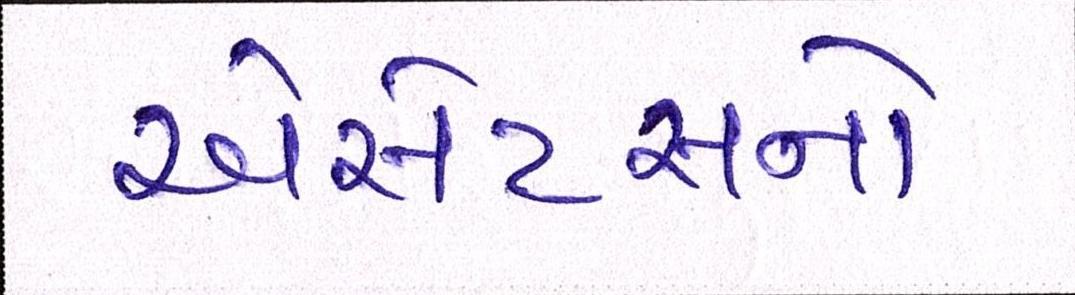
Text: એસેટસનો